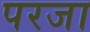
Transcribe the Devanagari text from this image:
परजा